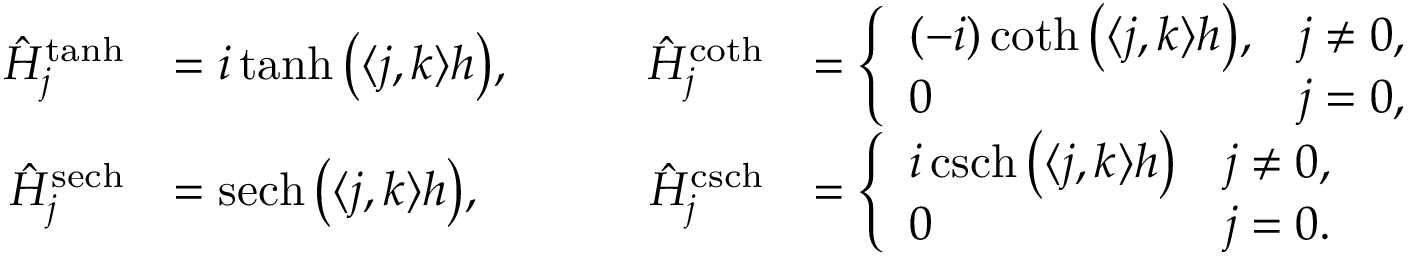
\begin{array} { r l r l } { \hat { H } _ { \boldsymbol j } ^ { \operatorname { t a n h } } } & { = i \operatorname { t a n h } \big ( \langle \boldsymbol j , \boldsymbol k \rangle h \big ) , } & { \qquad \hat { H } _ { \boldsymbol j } ^ { \coth } } & { = \left\{ \begin{array} { l l } { ( - i ) \coth \big ( \langle \boldsymbol j , \boldsymbol k \rangle h \big ) , } & { \boldsymbol j \ne \boldsymbol 0 , } \\ { 0 } & { \boldsymbol j = \boldsymbol 0 , } \end{array} \right. } \\ { \hat { H } _ { \boldsymbol j } ^ { \operatorname { s e c h } } } & { = \operatorname { s e c h } \big ( \langle \boldsymbol j , \boldsymbol k \rangle h \big ) , } & { \qquad \hat { H } _ { \boldsymbol j } ^ { \operatorname { c s c h } } } & { = \left\{ \begin{array} { l l } { i \operatorname { c s c h } \big ( \langle \boldsymbol j , \boldsymbol k \rangle h \big ) } & { \boldsymbol j \ne \boldsymbol 0 , } \\ { 0 } & { \boldsymbol j = \boldsymbol 0 . } \end{array} \right. } \end{array}